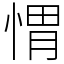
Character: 㥜